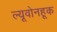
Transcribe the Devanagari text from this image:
ल्यूवोनहूक